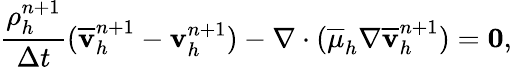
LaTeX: \frac{\rho_{h}^{n+1}}{\Delta t}(\overline{{\mathbf v}}_{h}^{n+1}-\mathbf v_{h}^{n+1})-\nabla\cdot(\overline{{\mu}}_{h}\nabla\overline{{\mathbf v}}_{h}^{n+1})=\boldsymbol{0},